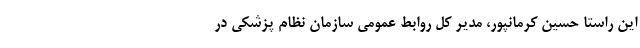
این راستا حسین کرمانپور، مدیر کل روابط عمومی سازمان نظام پزشکی در